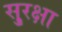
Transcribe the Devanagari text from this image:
सु्रक्षा